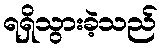
ရရှိသွားခဲ့သည်